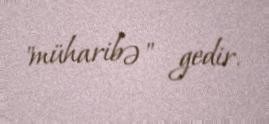
"müharibə" gedir.